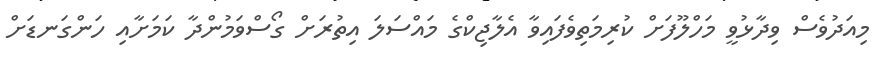
މިއަދުވެސް ވިދާޅުވީ މަހްލޫފަށް ކުރިމަތިވެފައިވާ އެލާޖިކްގެ މައްސަލަ އިތުރަށް ގޯސްވަމުންދާ ކަމަށާއި ހަންގަނޑަށް